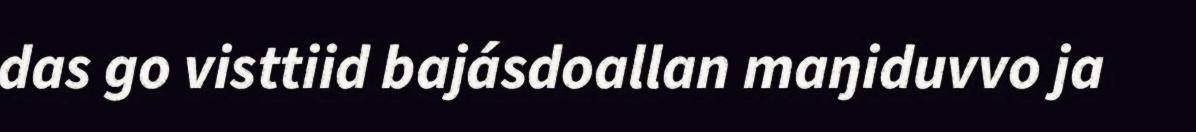
das go visttiid bajásdoallan maŋiduvvo ja